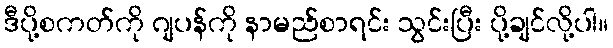
ဒီပို့စကတ်ကို ဂျပန်ကို နာမည်စာရင်း သွင်းပြီး ပို့ချင်လို့ပါ။